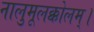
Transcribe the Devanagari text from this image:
नालुमूलक्कोलम्।